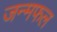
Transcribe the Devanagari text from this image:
जन्मफल